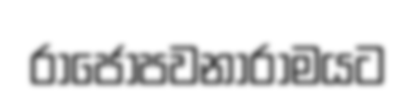
රාජෝපවනාරාමයට